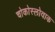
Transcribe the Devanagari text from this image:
चोकोस्लोवाक